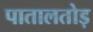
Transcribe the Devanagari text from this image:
पातालतोड़